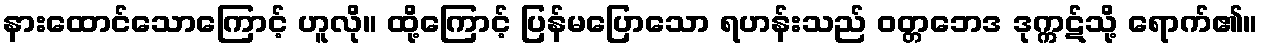
နားထောင်သောကြောင့် ဟူလို။ ထို့ကြောင့် ပြန်မပြောသော ရဟန်းသည် ဝတ္တဘေဒ ဒုက္ကဋ်သို့ ရောက်၏။